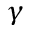
\gamma